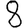
Digit: 8